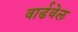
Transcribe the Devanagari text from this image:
वार्डवेल